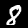
Label: 8